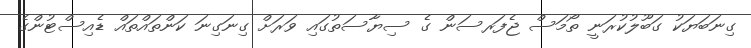
ގިނަބަޔަކު ގަބޫލުކުރަނީ ތޯމަސް ޖެފަރސަން ގެ ސިޔާސަތުގައި ވަރަށް ގިނަގިނަ ކަންތައްތައް ޑެއިސްޓުންގެ